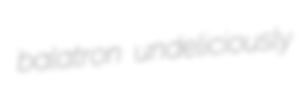
balatron undeliciously